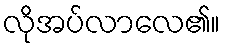
လိုအပ်လာလေ၏။